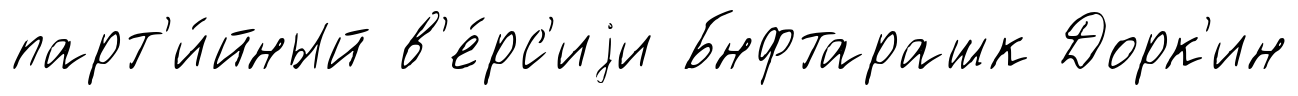
парт'и́йный в'е́рс'иjи Бнфтарашк Дорк'ин